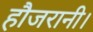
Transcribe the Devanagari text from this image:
हौजरानी।